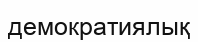
демократиялық